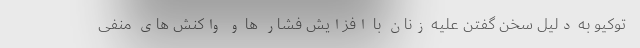
توکیو به دلیل سخن گفتن علیه زنان با افزایش فشار ها و واکنش های منفی